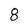
Character: 8